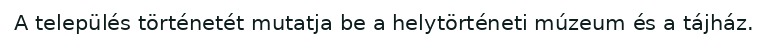
A település történetét mutatja be a helytörténeti múzeum és a tájház.